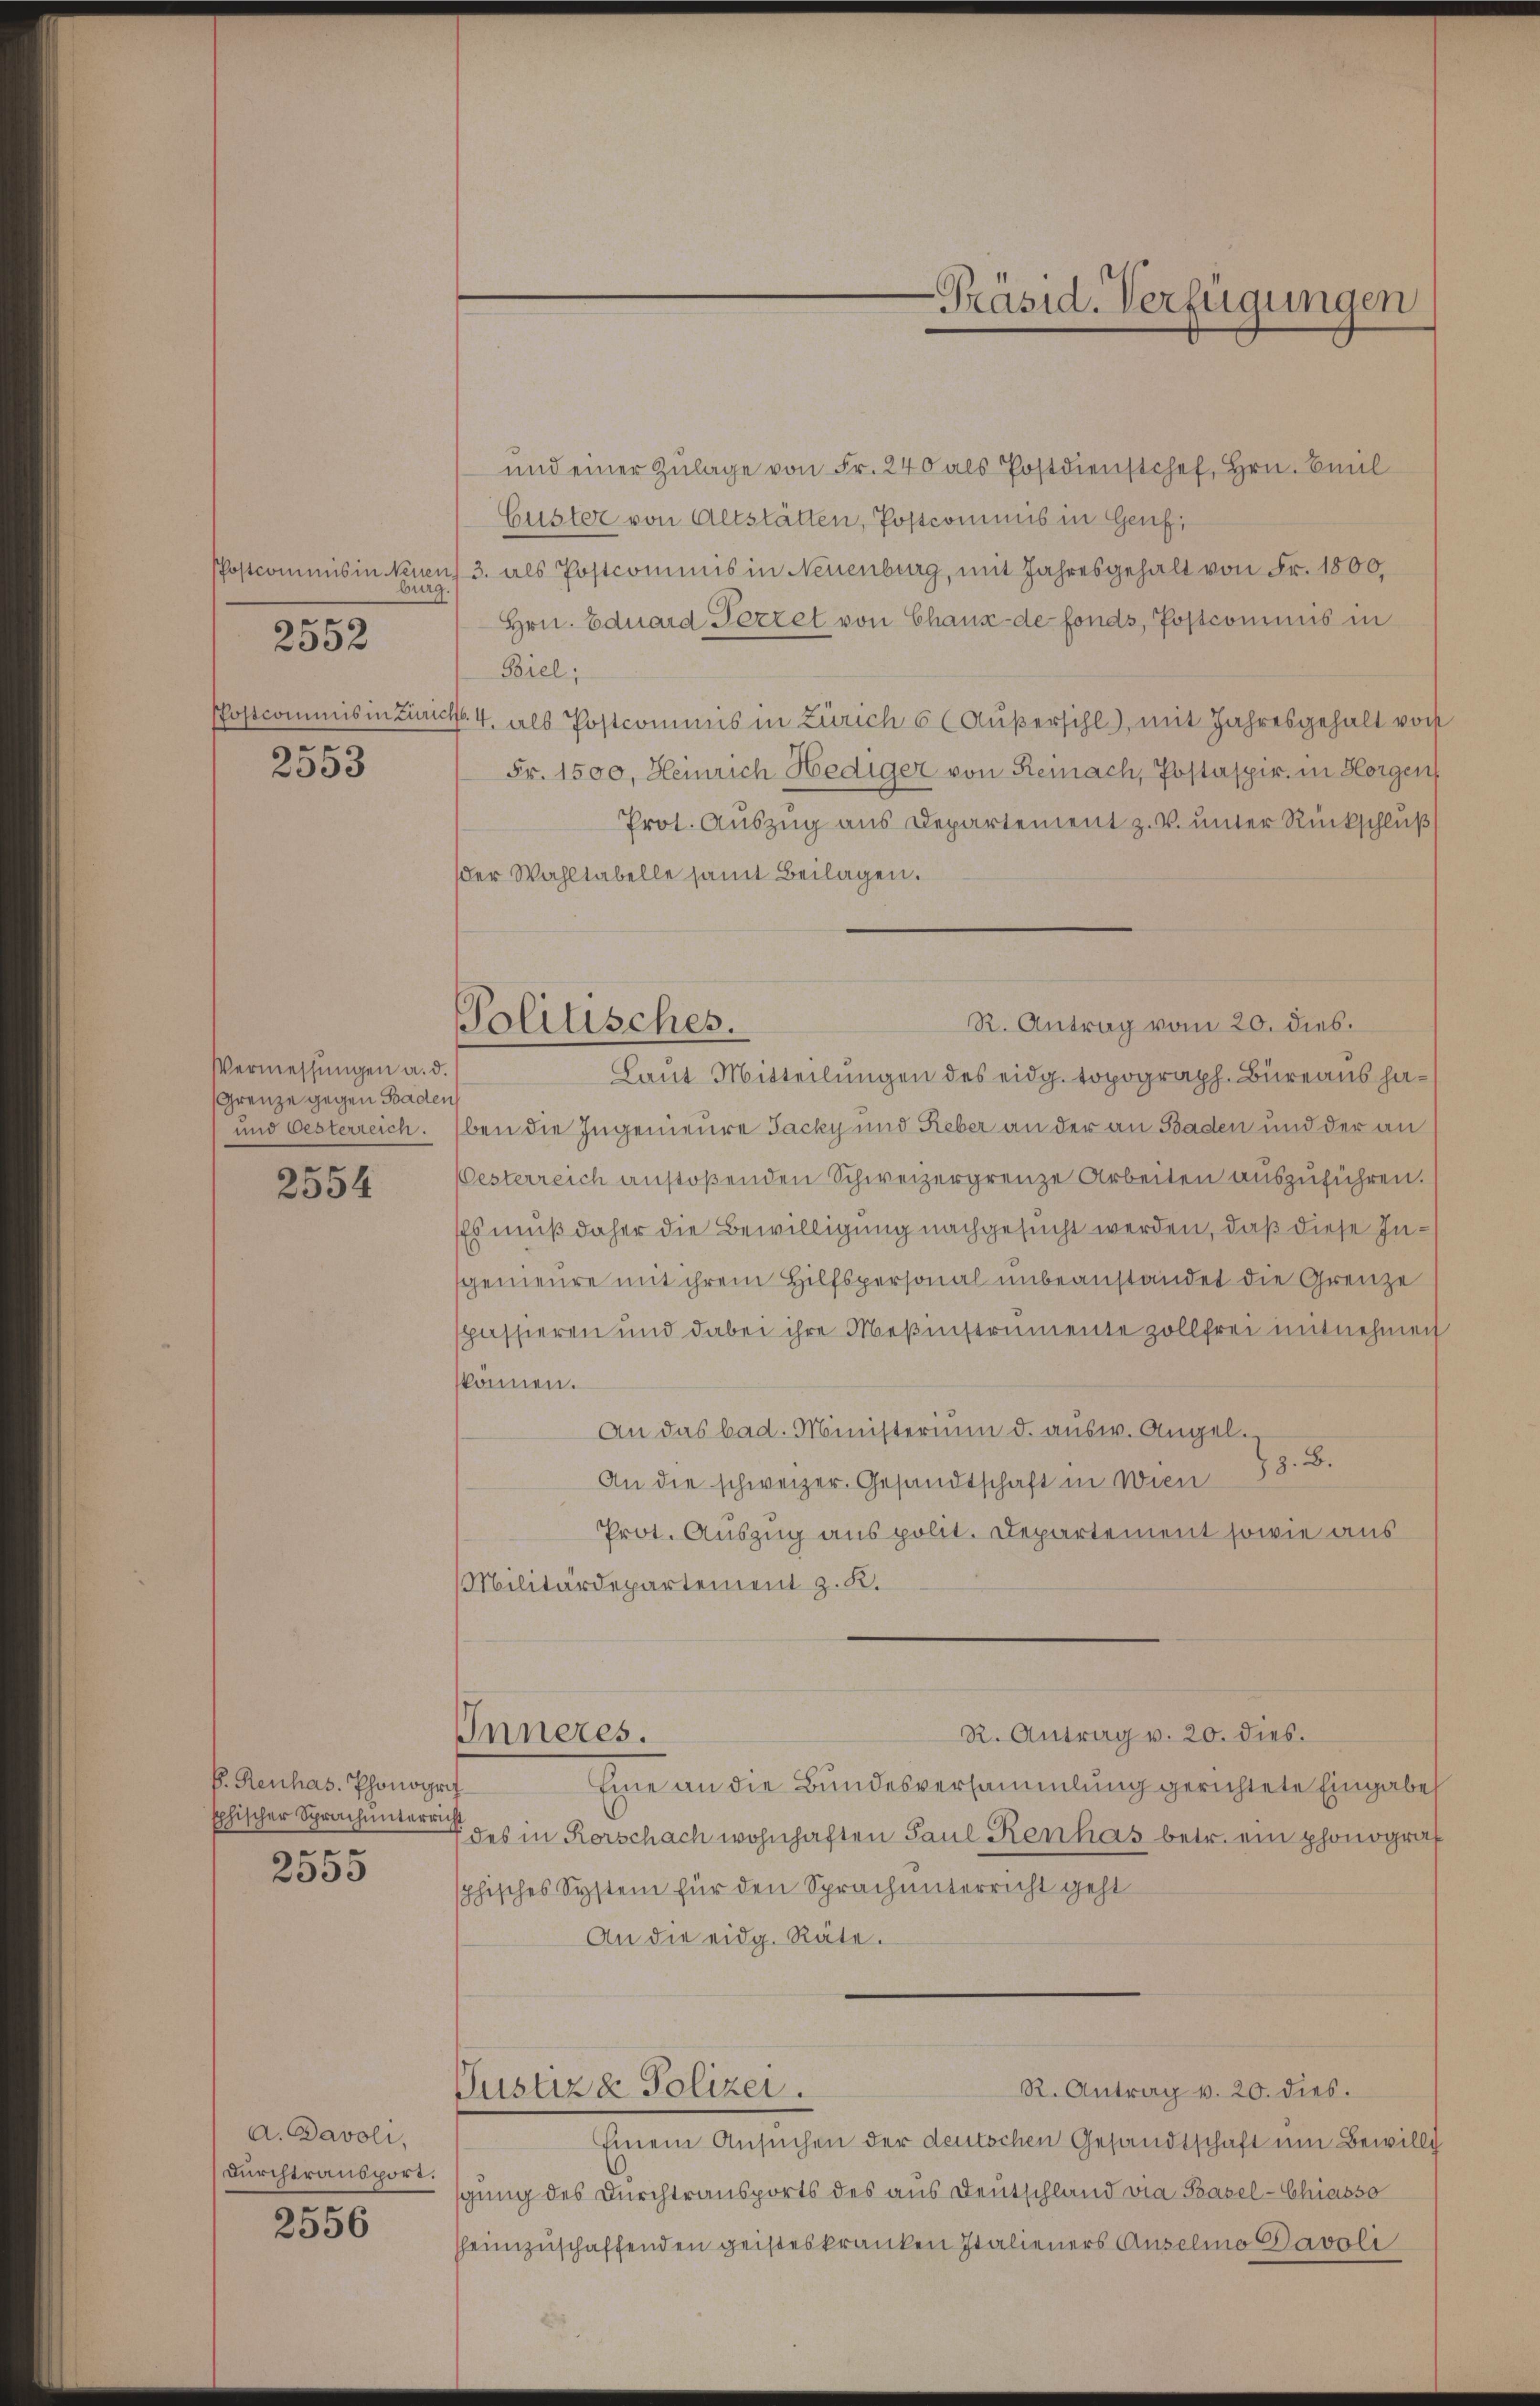
burg.
e
2033

2552

Vermessungen a. d.
Grenze gegen Baden
und Oesterreich.

2554

k. Renhas. Phonogrif
Ephischer Sprach unterrich
s

2055

A. Bavoli,
Durchtransport.

2556

und einer Zŭlage von Fr. 240 als Postdienstchef, Hrn. Beil
Custer von Altstätten, Postcommis in Genf,
Postcommis in Neuens 3. als Postcommis in Neuenburg, mit Jahresgehalt von Fr. 1800,
Hrn. Eduard Pezzet von Chaux-de fonds, Postcommis in
Biel;
Postcommis in Zürich. 4. als Postcommis in Zürich 6 (Aŭβersihl, mit Jahresgehalt vorst
Fr. 1500, Heinrich Hediger von Remach, Postaspir. in Horgen
Prot. Auszug aus Departement z. V. unter Rückschluß
der Wahltabelle samt Beilagen.
Laut Mitteilungen des eidg. topograph. Bureaus haben die Ingenieure Jacky und Reber an der an Baden und der an
Österreich anstoßenden Schweizergrenze Arbeiten auszuführen.
Es muß daher die Bewilligung nachgesucht werden, daß diese Ingenieure mit ihrem Hilfspersonal unbeanstandet die Grenze
spassieren und dabei ihre Mesinstrumente zollfrei mitnehmen
können.
An das bad. Ministerium d. aŭsw. Angel.
An die schweizer. Gesandtschaft in Wien 8. B.
Prot. Auszug aus polit. Departement sowie aus
Militärdepartement z. K.
R. Antrag v. 20. dies.
Inneres.
Eine an die Bundesversammlung gerichtete Eingabe
des in Rorschach wohnhaften Paul Kenhas betr. ein phonograf
sphisches System für den Sprach unterricht geht
An die eidg. Räte.

Politisches.

Justiz & Polizei.

-Präsid. Verfügungen

R. Antrag vom 20. dies.

Einem Ansuchen der deutschen Gesandtschaft um Bewill
sgung des Durchtransports des aus Deutschland vie Basel-Chiasso
hheimzuschaffenden geisteskranken Italieners Anselmo Davoli

R. Antrag v. 20. dies.